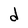
Character: d